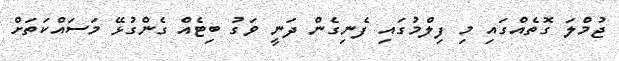
ޖުމްލަ ގޮތެއްގައި މި ފިލްމުގައި ފެނިގެން ދަނީ ވަގު ބިޓެއް ގެންގުޅޭ މަސައްކަތަށް